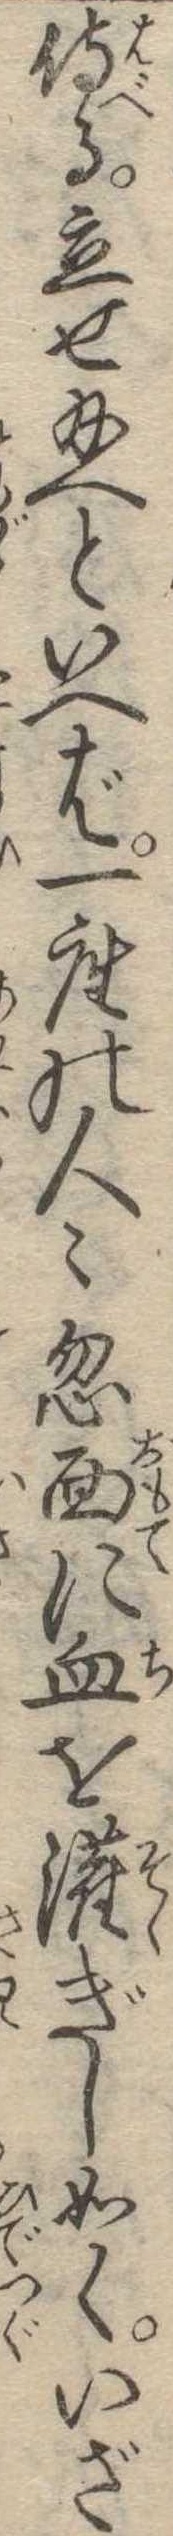
侍る立せ給へといへば一座の人こ忽面に血を潅ぎし如くいざ